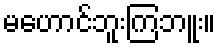
မဟောင်ဘူးကြဘူး။